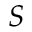
S